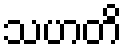
သဟတိ